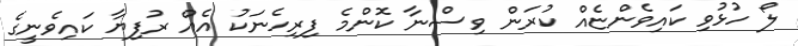
ލޯ ހުޅުވި ކައިވެންޏެއް ކުރަން ވިސްނާ ކޮންމެ ފިރިހެނަކު އެއް ރުފިޔާ ކައިވެނީގެ